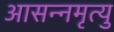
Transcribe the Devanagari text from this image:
आसन्नमृत्यु